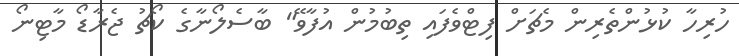
ހުރިހާ ކުޅުންތެރިން މެޗަށް ފިޓްވެފައި ތިބުމުން އުފާވޭ" ބާސެލޯނާގެ ކޯޗު ޖެރާޑޯ މާޓިނޯ